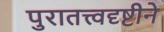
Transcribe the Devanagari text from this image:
पुरातत्त्वदृष्टीने